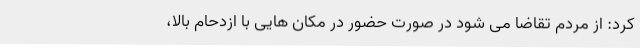
کرد: از مردم تقاضا می شود در صورت حضور در مکان هایی با ازدحام بالا،